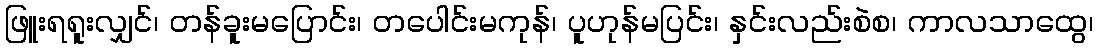
ဖြူးရရူးလျှင်၊ တန်ခူးမပြောင်း၊ တပေါင်းမကုန်၊ ပူဟုန်မပြင်း၊ နှင်းလည်းစဲစ၊ ကာလသာထွေ၊